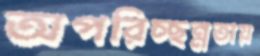
অপরিচ্ছন্নতায়